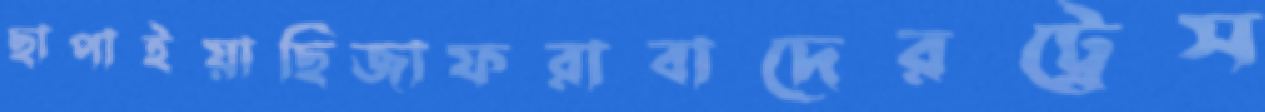
ছাপাইয়াছিজাফরাবাদেরট্রেস